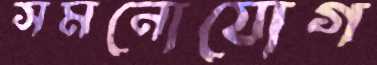
সমনোযোগ